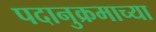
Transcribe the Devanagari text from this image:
पदानुक्रमाच्या